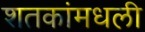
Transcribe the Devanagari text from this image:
शतकांमधली